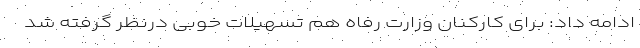
ادامه داد: برای کارکنان وزارت رفاه هم تسهیلات خوبی درنظر گرفته شد